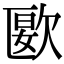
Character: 㰽